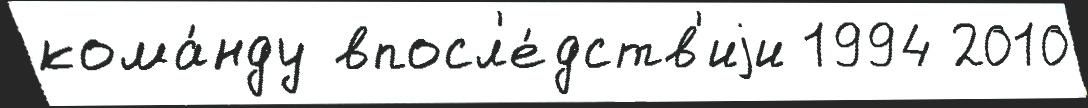
кома́нду впосл'е́дств'иjи 1994 2010